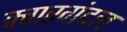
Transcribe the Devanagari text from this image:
क्वारगंदल